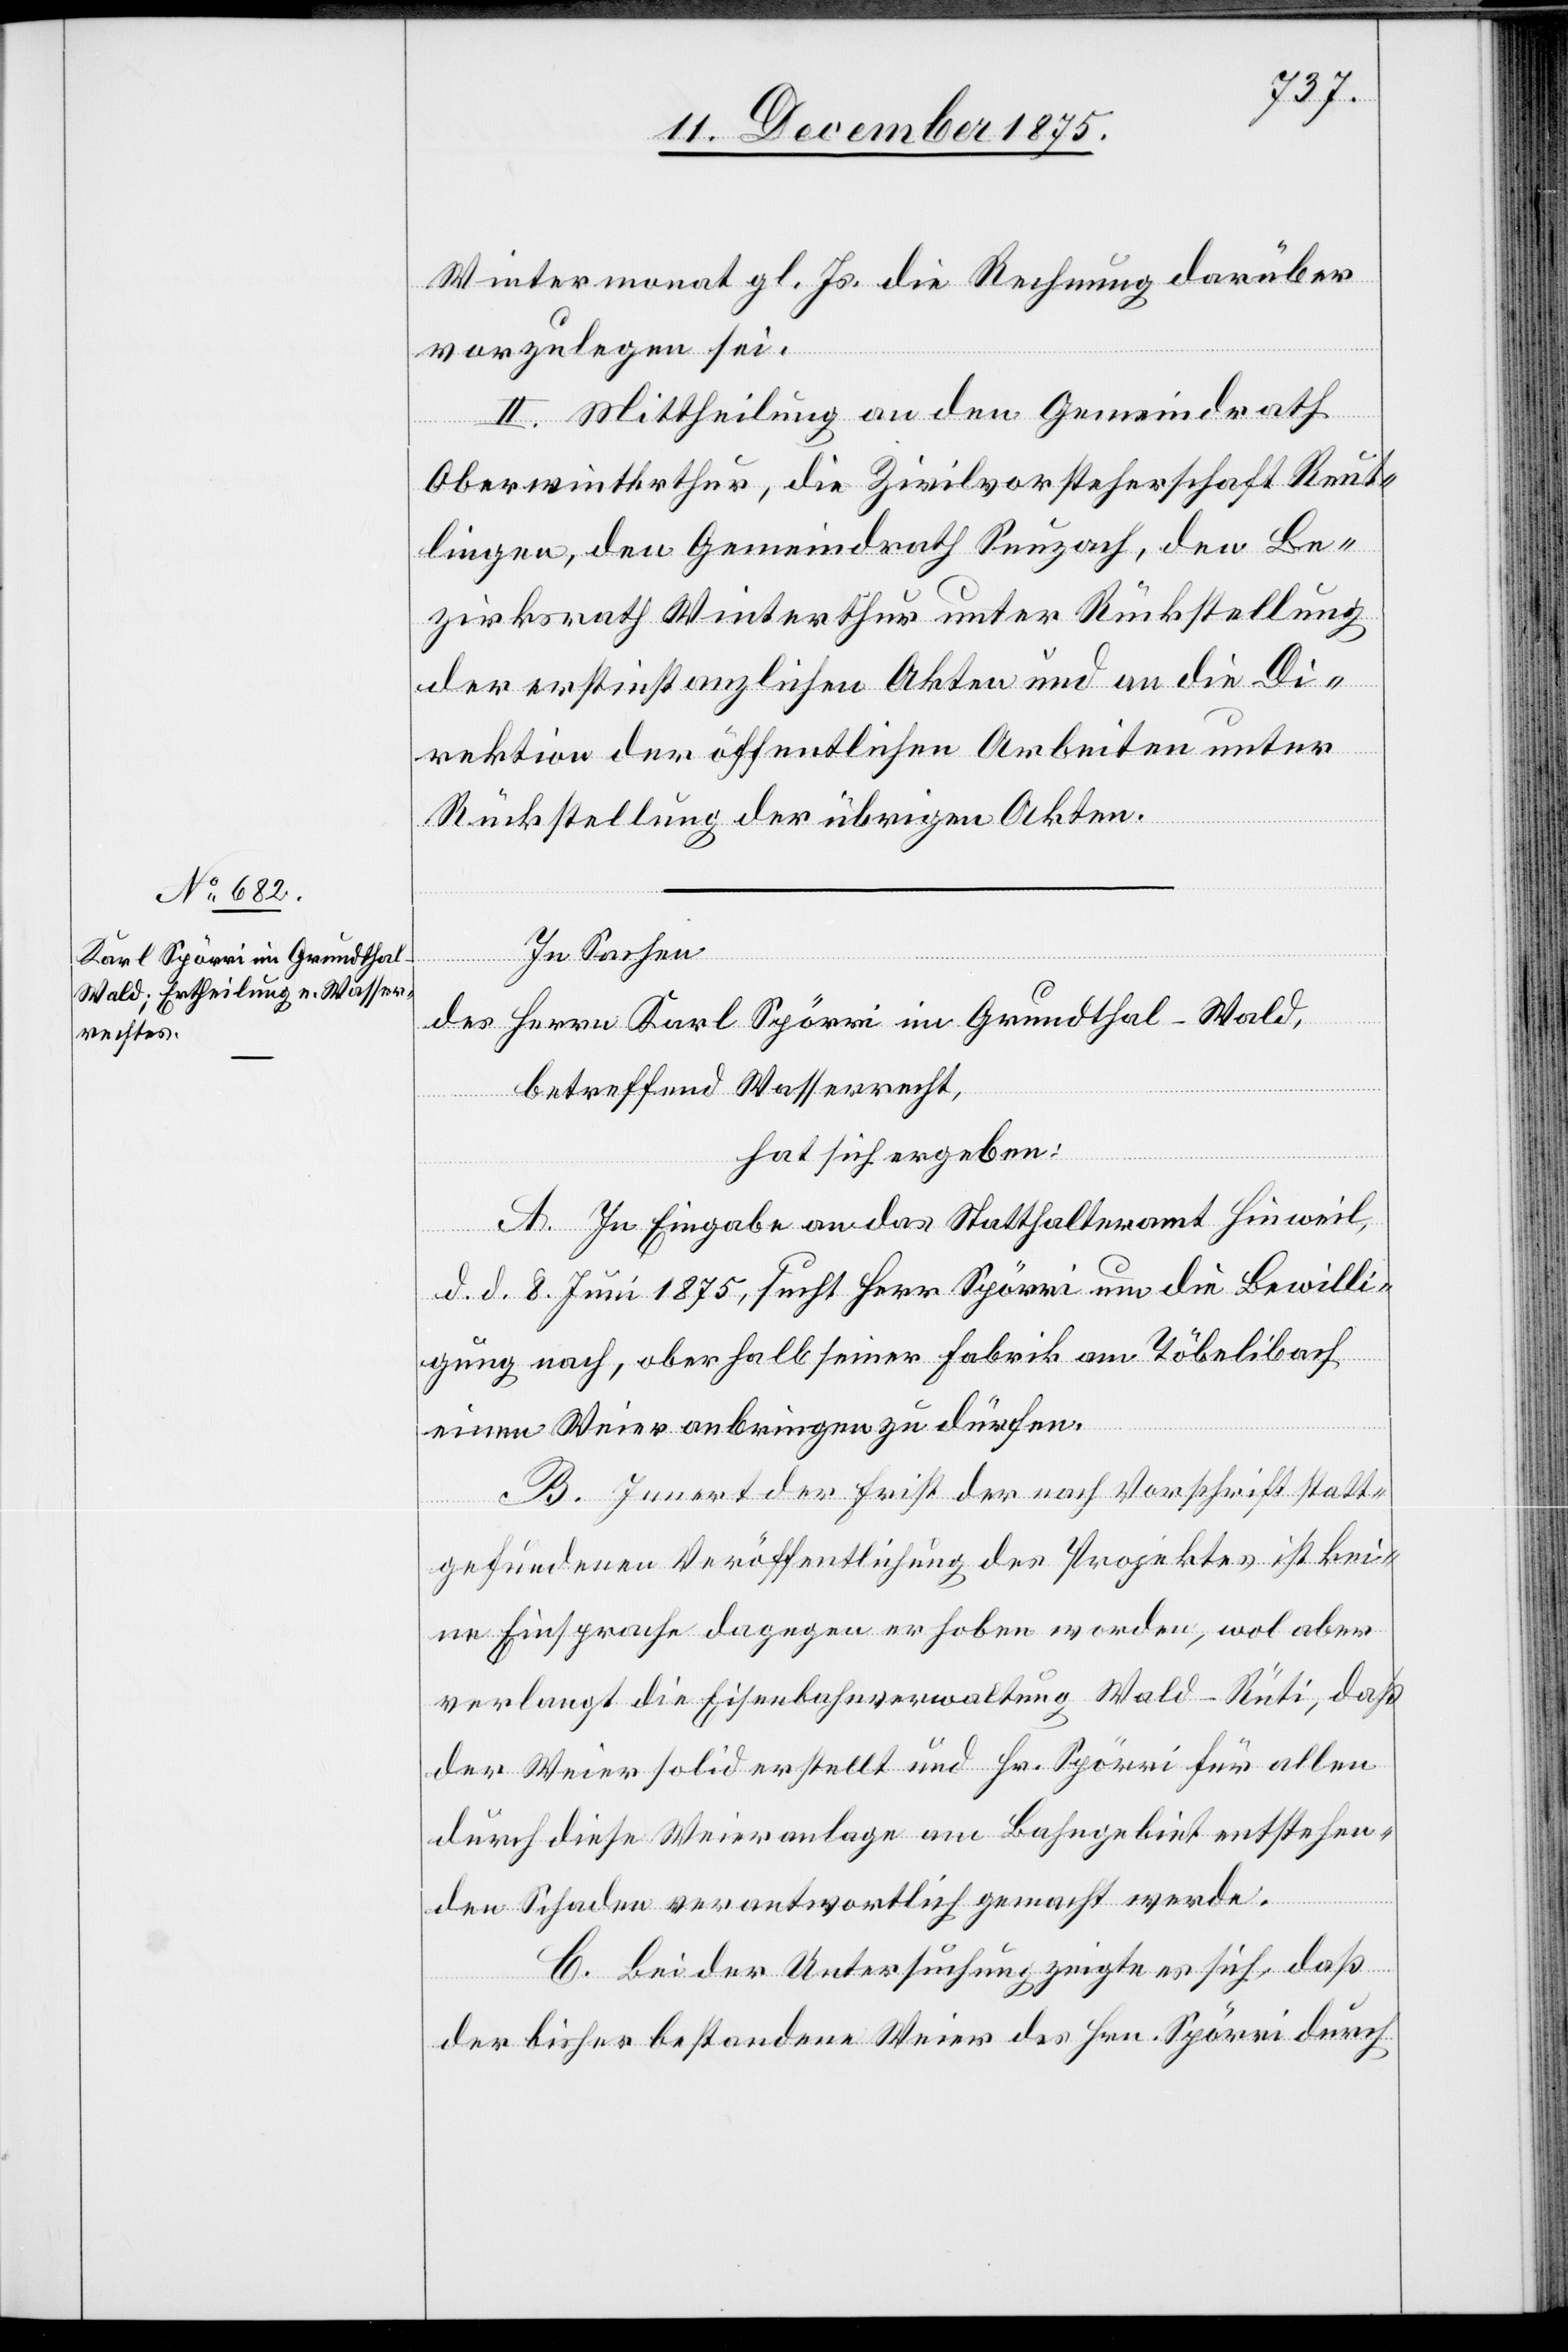
Wintermonat gl. Js. die Rechnung darüber
vorzulegen sei.
II. Mittheilung an den Gemeindrath
Oberwinterthur, die Zivilvorsteherschaft Reut¬
lingen, den Gemeindrath Seuzach, den Be¬
zirksrath Winterthur unter Rückstellung
der erstinstanzlichen Akten und an die Di¬
rektion der öffentlichen Arbeiten unter
Rückstellung der übrigen Akten.
In Sachen
des Herrn Karl Spörri im Grundthal - Wald,
betreffend Wasserrecht,
hat sich ergeben:
A. In Eingabe an das Statthalteramt Hinweil,
d. d. 8. Juni 1875, sucht Herr Spörri um die Bewilli¬
gung nach, oberhalb seiner Fabrik am Töbelibach
einen Weier anbringen zu dürfen.
B. Innert der Frist der nach Vorschrift statt¬
gefundenen Veröffentlichung des Projektes ist kei¬
ne Einsprache dagegen erhoben worden, wol aber
verlangt die Eisenbahnverwaltung Wald–Rüti, daß
der Weier solid erstellt und Hr. Spörri für allen
durch diese Weieranlage am Bahngebiet entstehen¬
den Schaden verantwortlich gemacht werde.
C. Bei der Untersuchung zeigte es sich, daß
der bisher bestandene Weier des Hrn. Spörri durch